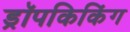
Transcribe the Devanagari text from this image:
ड्रॉपकिकिंग